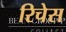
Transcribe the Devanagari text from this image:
रिचेस